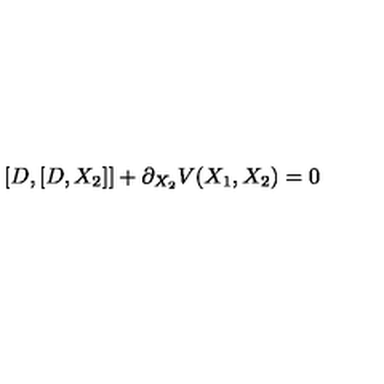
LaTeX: [ D , [ D , X _ { 2 } ] ] + \partial _ { X _ { 2 } } V ( X _ { 1 } , X _ { 2 } ) = 0